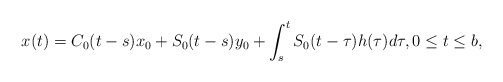
\begin{align*}x(t)=C_0(t-s)x_0+S_0(t-s)y_0+\int_s^t S_0(t-\tau)h(\tau)d\tau, 0\le t \le b, \end{align*}